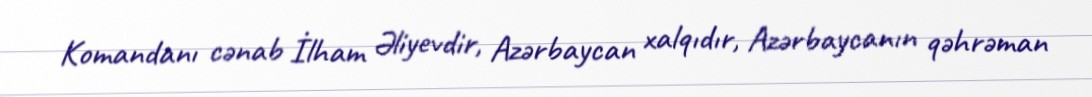
Komandanı cənab İlham Əliyevdir, Azərbaycan xalqıdır, Azərbaycanın qəhrəman